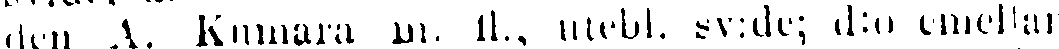
den A. Kumara m. fl.; utebl. sv:de; d:o emellan